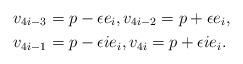
LaTeX: \begin{align*}v_{4i-3} &=p-\epsilon e_i, v_{4i-2}=p+\epsilon e_i, \\ v_{4i-1}&=p-\epsilon i e_i, v_{4i}=p+\epsilon ie_i.\end{align*}